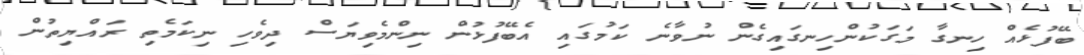
ބޭފުޅެއް ހިނގާ މަގަކުންހިނގައިގެން ނުވާނެ ކަމުގައި އެބޭފުޅުން ނިންމެވިޔަސް ދިވެހި ނިކަމެތި ރައްޔިތުން